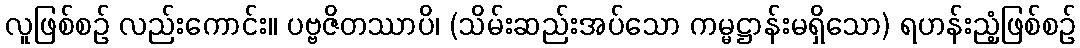
လူဖြစ်စဉ် လည်းကောင်း။ ပဗ္ဗဇိတဿာပိ၊ (သိမ်းဆည်းအပ်သော ကမ္မဋ္ဌာန်းမရှိသော) ရဟန်းညံ့ဖြစ်စဉ်